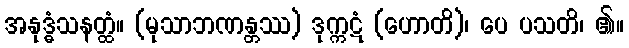
အနုဒ္ဓံသနတ္ထံ။ (မုသာဘဏန္တဿ) ဒုက္ကဋံ (ဟောတိ)၊ ပေ ပသတိ၊ ၏။